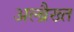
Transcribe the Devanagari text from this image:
अल्ब्रैख्त